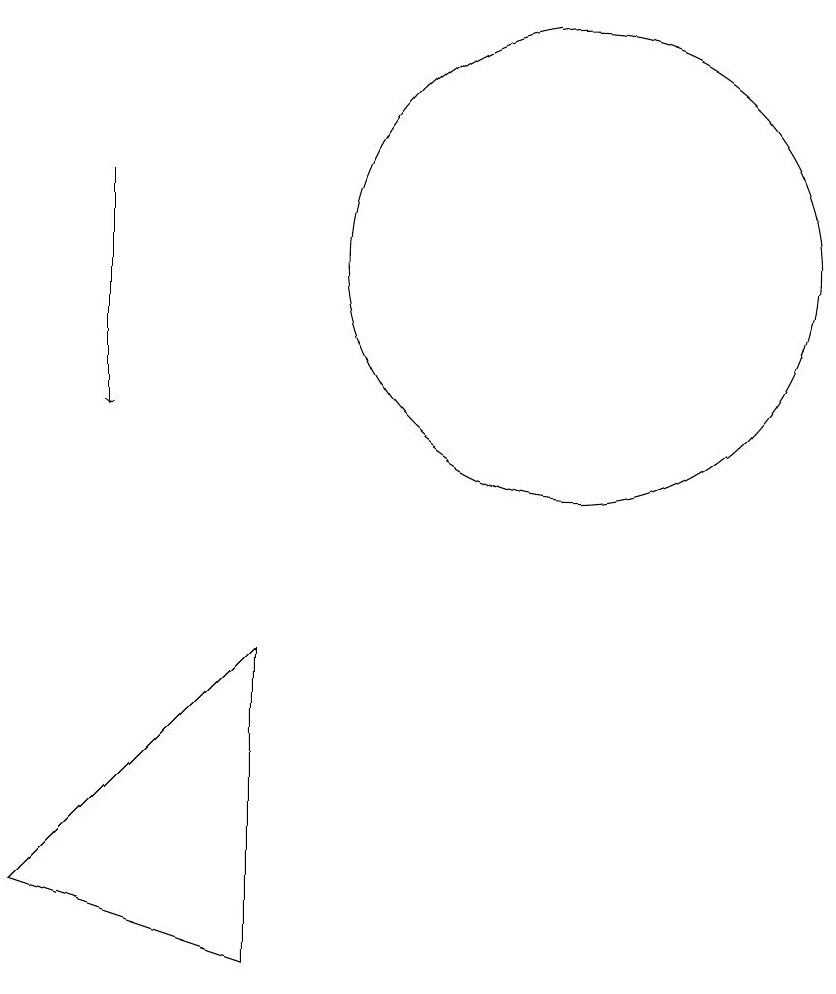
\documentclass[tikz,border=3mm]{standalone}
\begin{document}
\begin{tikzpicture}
\draw (10,12) circle (3);
\draw (6,3) -- (6,7) -- (3,4) -- cycle;
\draw[->] (4,13) -- (4,10);
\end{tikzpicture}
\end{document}